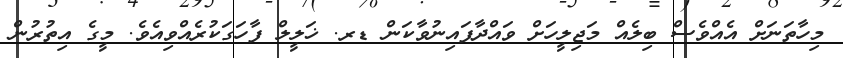
މިހާތަނަށް އެއްވެސް ބިލެއް މަޖިލީހަށް ވައްދާފައިނުވާކަން ޑރ. ޚަލީލް ފާހަގަކުރެއްވިއެވެ. މީގެ އިތުރުން